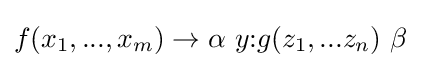
f(x_{1},...,x_{m})\to \alpha \ y{\text{:}}g(z_{1},...z_{n})\ \beta